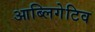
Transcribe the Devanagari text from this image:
आब्लिगेटिव